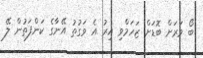
ބޯ ވަަރަށް ބޮޑަށް ޒަހަމްވި އިރު އެ ވަގުތު އޭނާގެ ކަންފަތުން ލޭ